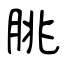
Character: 朓